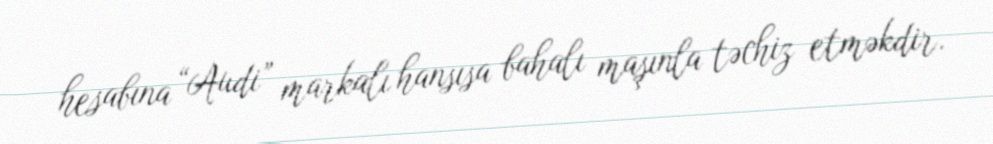
hesabına “Audi” markalı hansısa bahalı maşınla təchiz etməkdir.